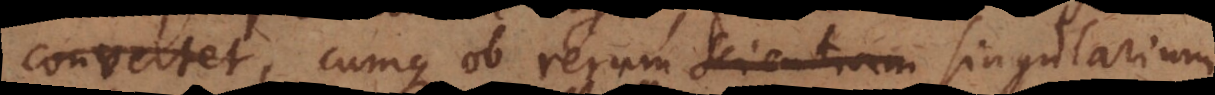
convertet, cumque ob rerum scientiam singularium